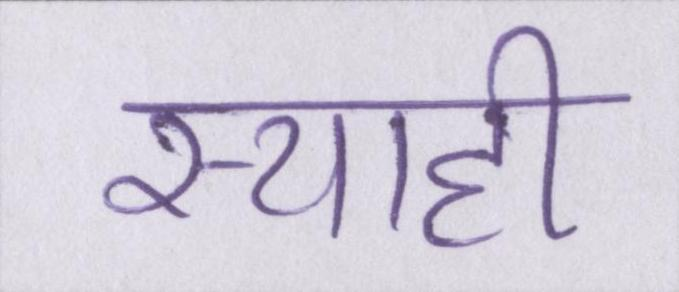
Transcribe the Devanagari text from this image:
स्याही